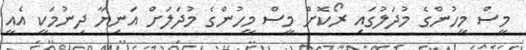
މީސް މީހުންގެ މުދަލުގައި ރޯކޮށް މީސް މީހުންގެ މުދަަލަށް އަނިޔާ ދިނުމަކީ އެއީ